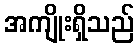
အကျိုးရှိသည်